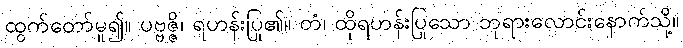
ထွက်တော်မူ၍။ ပဗ္ဗဇ္ဇိ၊ ရဟန်းပြု၏။ တံ၊ ထိုရဟန်းပြုသော ဘုရားလောင်းနောက်သို့။